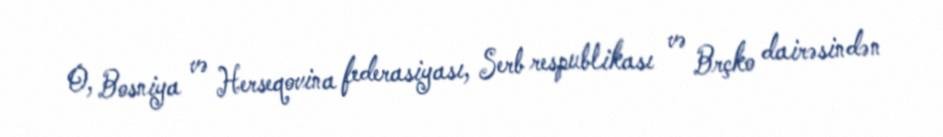
O, Bosniya və Herseqovina federasiyası, Serb respublikası və Brçko dairəsindən